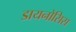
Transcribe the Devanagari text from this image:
डायनोसिस